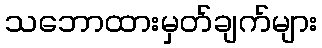
သဘောထားမှတ်ချက်များ